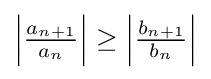
\left\vert {\tfrac {a_{n+1}}{a_{n}}}\right\vert \geq \left\vert {\tfrac {b_{n+1}}{b_{n}}}\right\vert